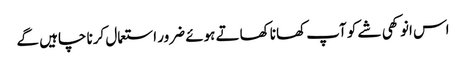
اس انوکھی شے کو آپ کھانا کھاتے ہوئے ضرور استعمال کرنا چاہیں گے